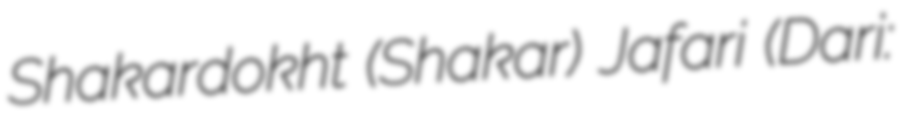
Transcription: Shakardokht (Shakar) Jafari (Dari: